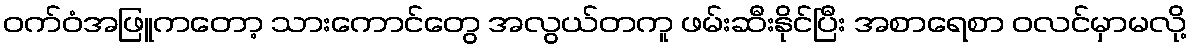
ဝက်ဝံအဖြူကတော့ သားကောင်တွေ အလွယ်တကူ ဖမ်းဆီးနိုင်ပြီး အစာရေစာ ဝလင်မှာမလို့